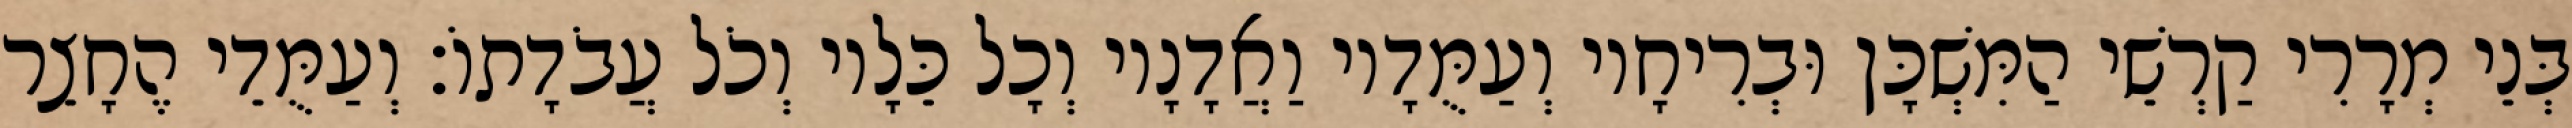
בְּנֵי מְרָרִי קַרְשֵׁי הַמִּשְׁכָּן וּבְרִיחָיו וְעַמֻּדָיו וַאֲדָנָיו וְכָל כֵּלָיו וְכֹל עֲבֹדָתוֹ׃ וְעַמֻּדֵי הֶחָצֵר